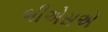
બીએસએ